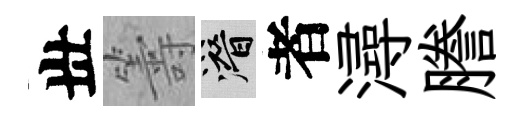
丗籌潜者潯謄